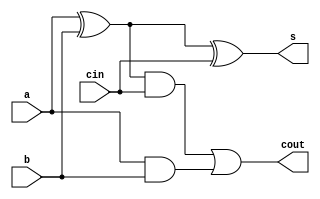
module full_adder(s, cout, a, b, cin);
input a, b, cin;
output s, cout;

xor (w1, a, b);
xor (s, w1, cin);
and (w2, a, b);
and (w3, w1, cin);
or (cout, w3, w2);

endmodule

module four_bit_full_adder(s, cout, a, b, cin);
input [3:0] a, b;
input cin;
output [3:0] s;
output cout;

full_adder fadd0(s[0], c1, a[0], b[0], cin);
full_adder fadd1(s[1], c2, a[1], b[1], c1);
full_adder fadd2(s[2], c3, a[2], b[2], c2);
full_adder fadd3(s[3], cout, a[3], b[3], c3);

endmodule

module bcd_4_bit_full_adder(s, cout, a, b, cin1, cin2);
input [3:0] a, b;
input cin1, cin2;
output [3:0] s;
output cout;
wire [3:0] ts, tb;
wire tcout, w1, w2, w3, trash;

four_bit_full_adder ffadd1(ts, tcout, a, b, cin1);
and (w1, ts[3], ts[2]);
and (w2, ts[3], ts[1]);
or (w3, w1, w2);
or (cout, w3, tcout);
or (tb[0], 0, 0);
or (tb[1], 0, cout);
or (tb[2], 0, cout);
or (tb[3], 0, 0);
four_bit_full_adder ffadd2(s, trash, ts, tb, cin2);

endmodule

module test_bcd_adder;
reg [3:0] a, b;
reg cin1, cin2;
wire [3:0] s;
wire cout;

bcd_4_bit_full_adder b4bfa(s, cout, a, b, cin1, cin2);

initial
begin
cin1=1'b0; cin2=1'b0; a=4'd4; b=4'd6;
#100 a=4'd9; b=4'd4;
#100 a=4'd1; b=4'd3;
#100 a=4'd2; b=4'd2;
#100 a=4'd5; b=4'd3;
#100 a=4'd9; b=4'd10;
end

endmodule